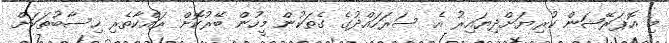
މި އޮޕަރޭޝަން ކުރިޔަށްދިޔައިރު އެ ސަރަހައްދުގެ ގެތަކުން މީހުން ބޭރުކޮށް ރައްކާތެރި ހިސާބުތަކަށް